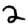
Digit: 2